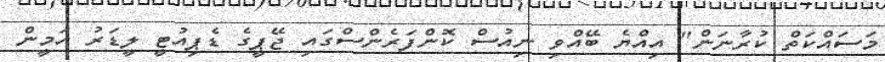
މަސައްކަތް ކުރާނަން" އިއްޔެ ބޭއްވި ނިއުސް ކޮންފަރެންސްގައި ޖޭޕީގެ ޑެޕިއުޓީ ލީޑަރު އަމީން